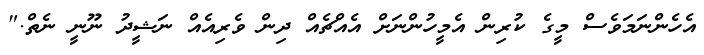
އެހެންނަމަވެސް މީގެ ކުރިން އެމީހުންނަށް އެއްޗެއް ދިން ވެރިއެއް ނަޝީދު ނޫނީ ނެތް."